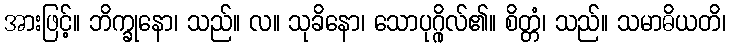
အားဖြင့်။ ဘိက္ခုနော၊ သည်။ လ။ သုခိနော၊ သောပုဂ္ဂိုလ်၏။ စိတ္တံ၊ သည်။ သမာဓိယတိ၊